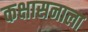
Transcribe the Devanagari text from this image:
कक्षासनाला